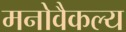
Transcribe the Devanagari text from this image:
मनोवैकल्य